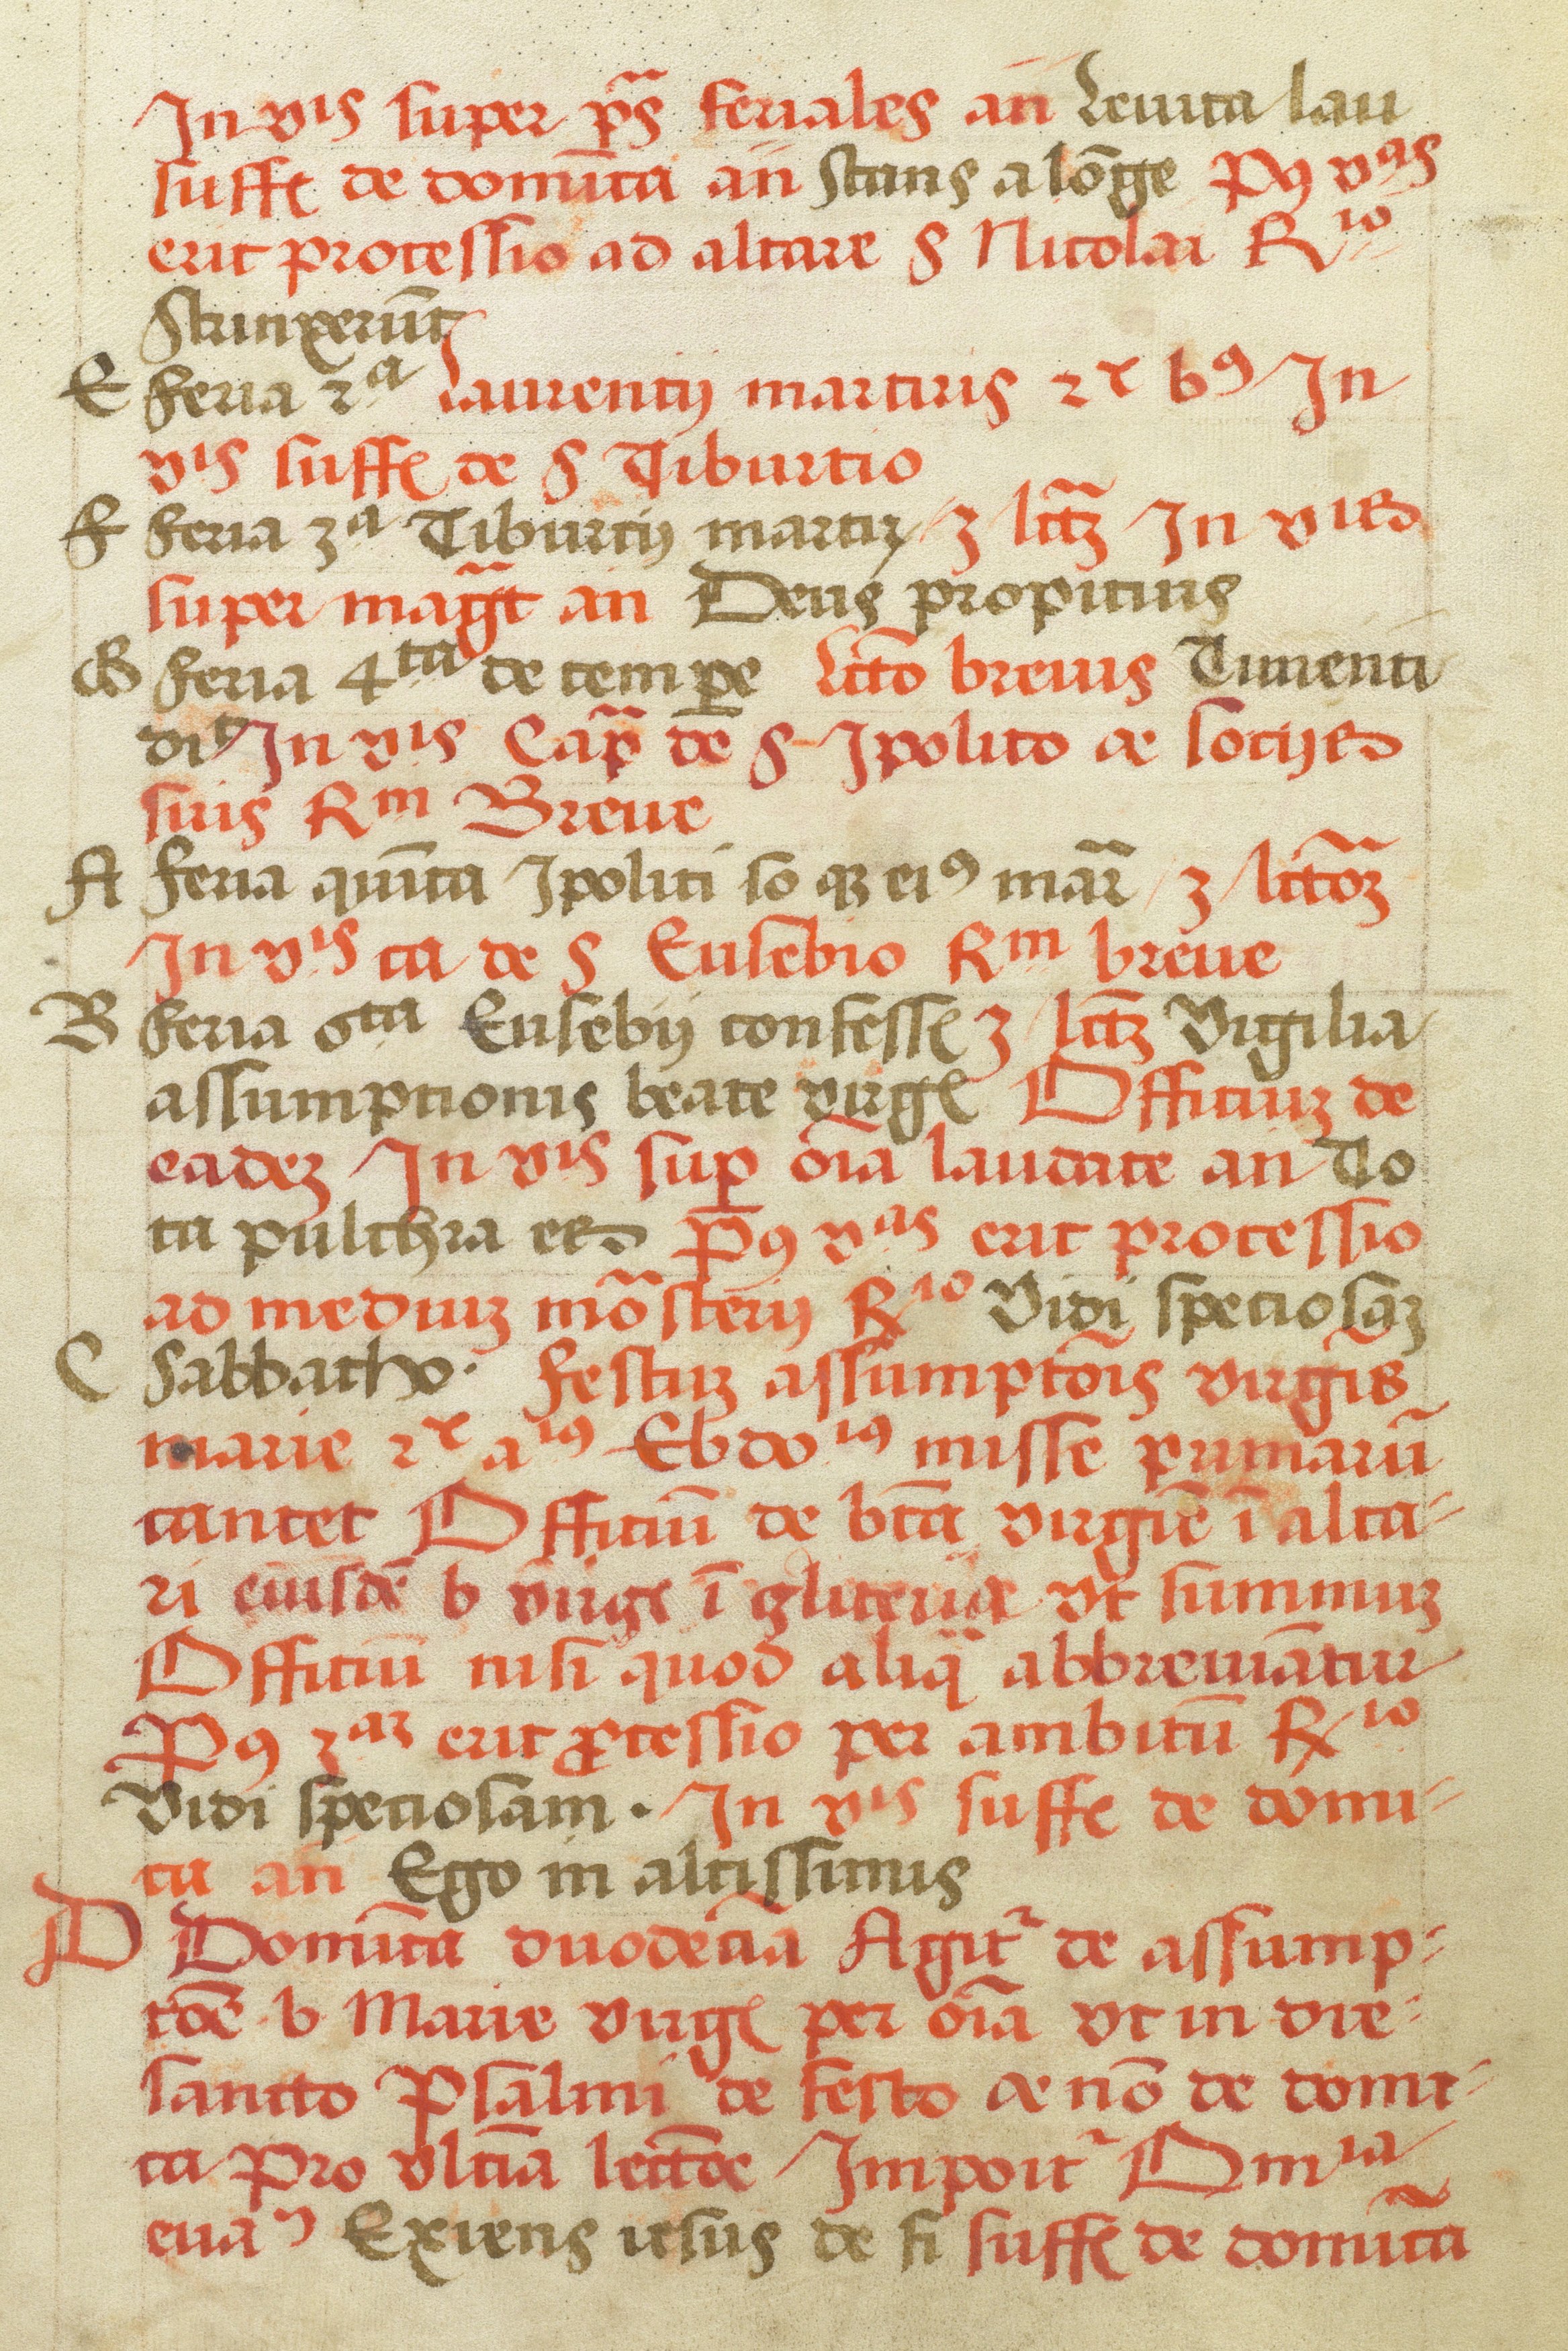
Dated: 1505–1535